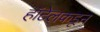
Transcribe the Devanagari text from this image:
हॉटेलकडून